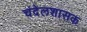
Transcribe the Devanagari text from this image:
चंदेलशासक